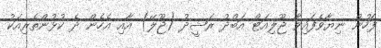
ފަހުން ނިޔާވެފައިވާ ޖޫލިއަޓް އަބްދު ރަޝީދު (ޖޫލޭ) އާއި އެހެން ދެ ކުޅުންތެރިއަކު